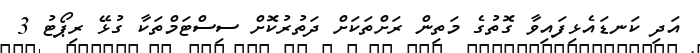
އަދި ކަނޑައެޅިފައިވާ ގޮތުގެ މަތިން ރަށްތަކަށް ދަތުރުކޮށް ސިސްޓަމްތަކާ ގުޅޭ ރިޕޯޓު 3